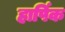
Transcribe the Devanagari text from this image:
हार्पिक